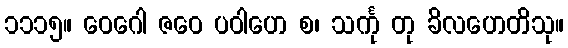
၁၁၁၅။ ဝေဂေါ ဇဝေ ပဝါဟေ စ၊ သင်္ကု တု ခိလဟေတိသု။